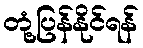
တုံ့ပြန်နိုင်ရန်